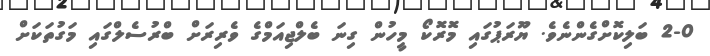
2-0 ބަލިކޮށްގެންނެވެ. ޔޫރަޕުގައި މޮރޮކޯ މީހުން ގިނަ ބެލްޖިއަމްގެ ވެރިރަށް ބްރުސެލްގައި މަގުތަކަށް